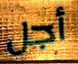
أجل